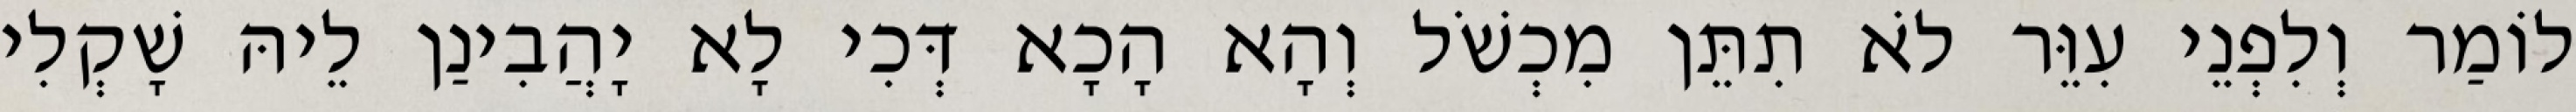
לוֹמַר וְלִפְנֵי עִוֵּר לֹא תִתֵּן מִכְשֹׁל וְהָא הָכָא דְּכִי לָא יָהֲבִינַן לֵיהּ שָׁקְלִי